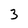
Character: 3